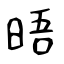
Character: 晤